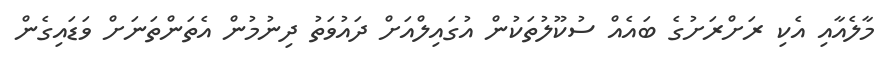
މާލެއާއި އެކި ރަށްރަށުގެ ބައެއް ސުކޫލުތަކުން އުގައިލްއަށް ދައުވަތު ދިނުމުން އެތަންތަނަށް ވަޑައިގެން